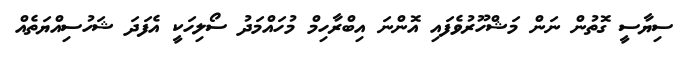
ސިޔާސީ ގޮތުން ނަން މަޝްހޫރުވެފައި އޮންނަ އިބްރާހިމް މުހައްމަދު ސޯލިހަކީ އެފަދަ ޝަހުސިއްޔަތެއް